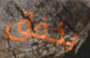
يخفق